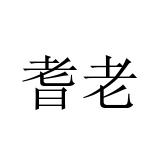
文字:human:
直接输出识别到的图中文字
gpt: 耆老